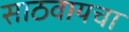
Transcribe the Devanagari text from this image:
साठवायचा